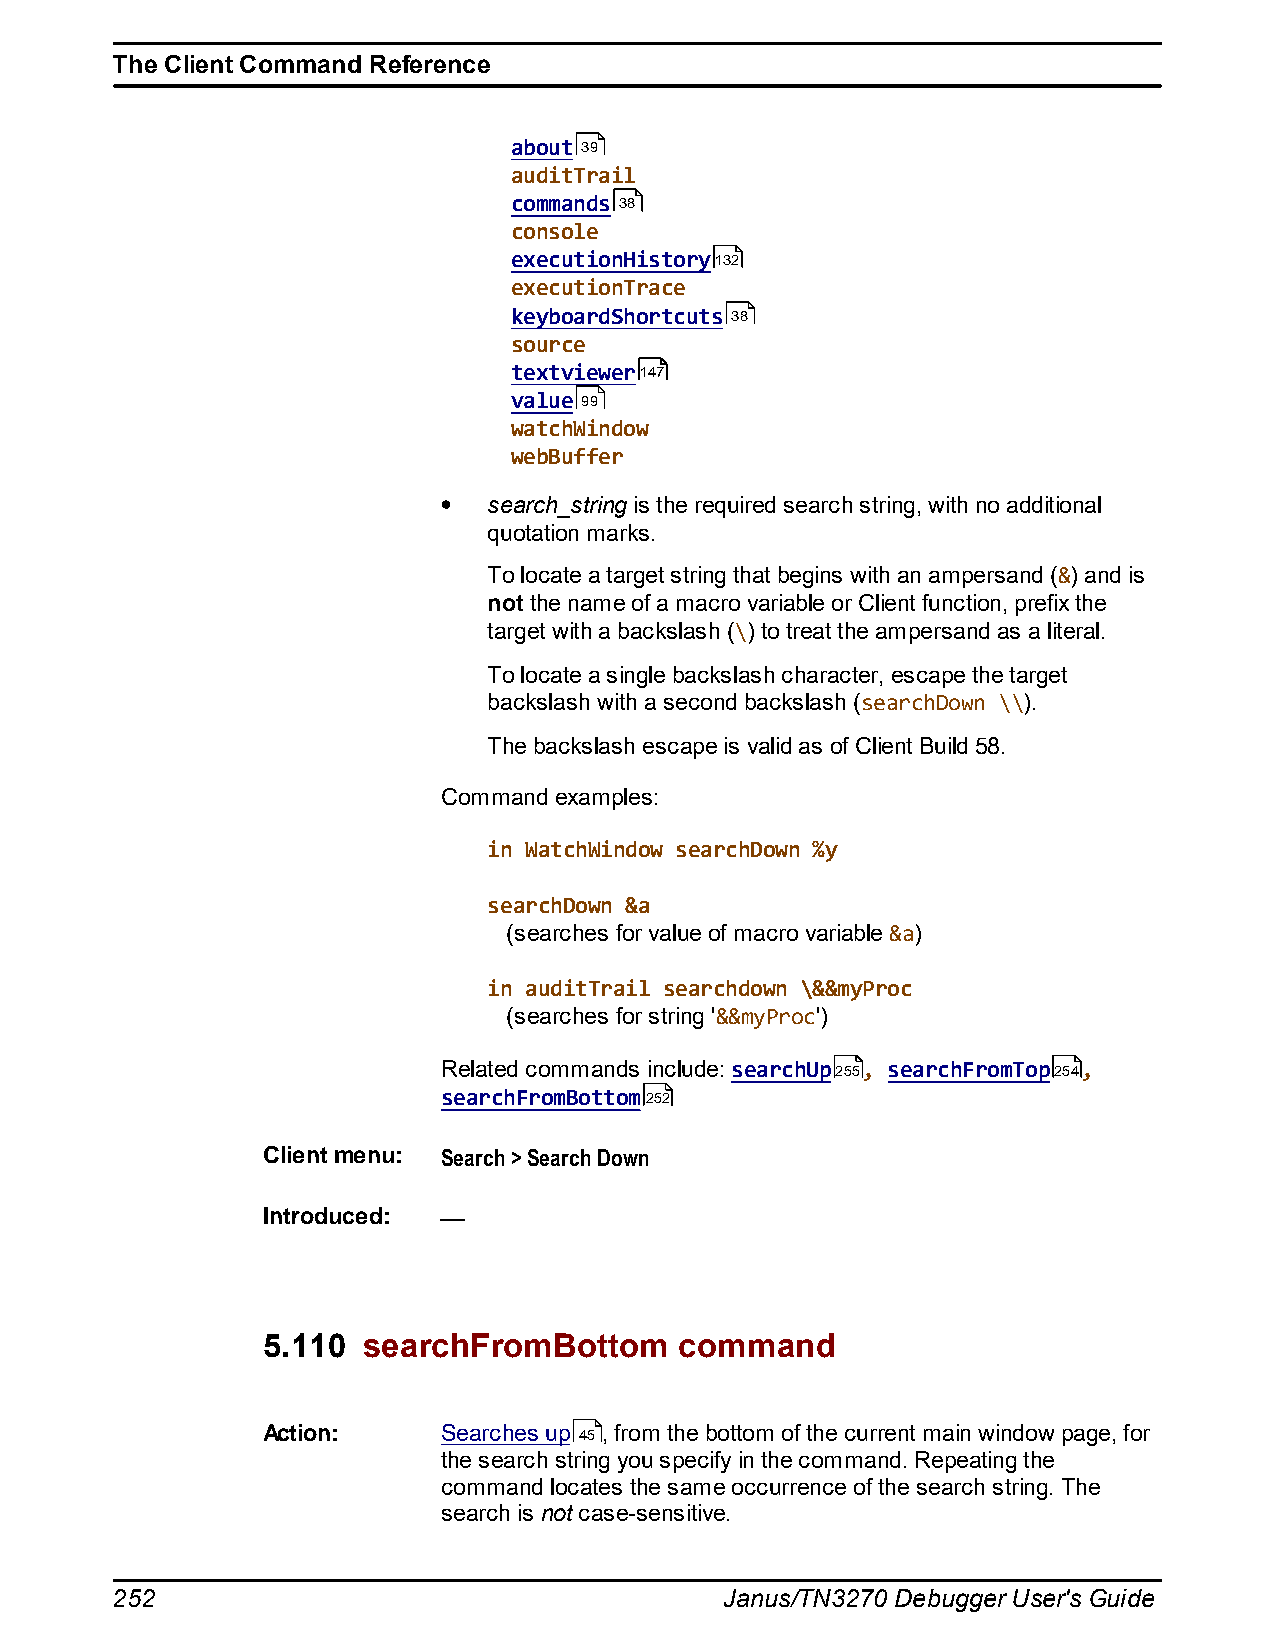
The Client Command Reference
 about 39
 auditTrail
 commands 38
 console
 executionHistory132
 executionTrace
 keyboardShortcuts 38
 source
 textviewer147
 value 99
 watchWindow
 webBuffer
 search_string is the required search string, with no additional
 quotation marks.
 To locate a target string that begins with an ampersand (&) and is
 not the name of a macro variable or Client function, prefix the
 target with a backslash (\) to treat the ampersand as a literal.
 To locate a single backslash character, escape the target
 backslash with a second backslash (searchDown \\).
 The backslash escape is valid as of Client Build 58.
 Command examples:
 in WatchWindow searchDown %y
 searchDown &a
 (searches for value of macro variable &a)
 in auditTrail searchdown \&&myProc
 (searches for string '&&myProc')
 Related commands include: searchUp255, searchFromTop254,
 searchFromBottom252
 Client menu: Search > Search Down
 Introduced:
 5.110  searchFromBottom     command
 Action:     Searches up 45, from the bottom of the current main window page, for
 the search string you specify in the command. Repeating the
 command locates the same occurrence of the search string. The
 search is not case-sensitive.
 252                                      Janus/TN3270 Debugger User's Guide